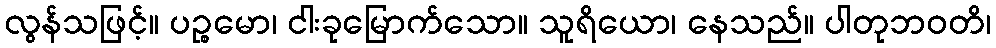
လွန်သဖြင့်။ ပဉ္စမော၊ ငါးခုမြောက်သော။ သူရိယော၊ နေသည်။ ပါတုဘဝတိ၊